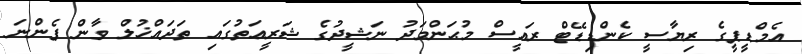
އެމްޑީޕީގެ ރިޔާސީ ކެންޑިޑޭޓް ރައީސް މުޙަންމަދު ނަޝީދުގެ ޝަރީޢަތުގައި ތަދައްޚުލް ވާން ފެންނަ